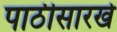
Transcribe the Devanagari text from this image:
पाठीसारखे